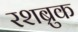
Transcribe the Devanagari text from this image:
रशब्रुक